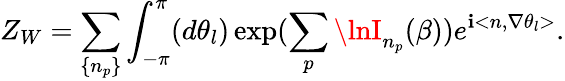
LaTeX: Z_{W}=\sum_{\left\{ n_{p}\right\} }\int_{-\pi}^{\pi}(d\theta_{l})\exp(\sum_{p}\lnI_{n_{p}}(\beta))e^{\mathbf{i}<n,\nabla\theta_{l}>}.